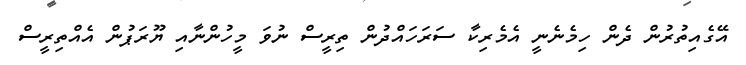
އޭގެއިތުރުން ދެން ހިމެނެނީ އެމެރިކާ ސަރަހައްދުން ތިރީސް ނުވަ މީހުންނާއި ޔޫރަޕުން އެއްތިރީސް